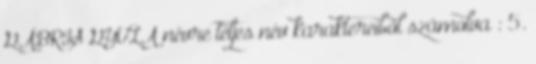
GÁBRIS GYULA névre teljes név karaktereiből számolva : 5.